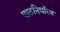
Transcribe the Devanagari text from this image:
पाठनिर्धारण